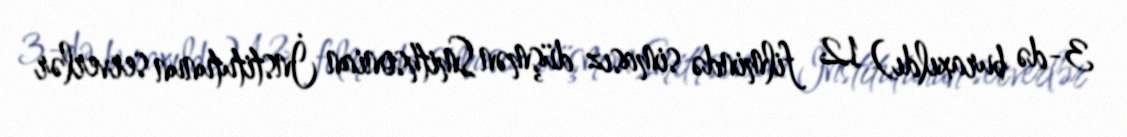
3-də buraxıldı) 12 filmində simasız düşmən Smithsonian İnstitutunun serverlər